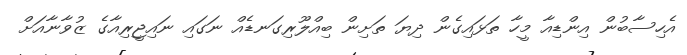
އެހިސާބުން އިންޑިއާ މީހާ ތަޅައިގެން ދިޔަ ތަށިން ބިއްލޫރިގަނޑެއް ނަގައި ނައިޖީރިއާގެ ޒުވާނާއަށް